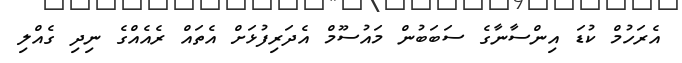
އެރަހުމް ކުޑަ އިންސާނާގެ ސަބަބުން މައުސޫމް އެދަރިފުޅަށް އެތައް ރެއެއްގެ ނިދި ގެއްލި